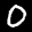
Label: 0